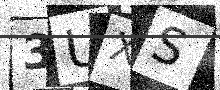
Text: 3UXS